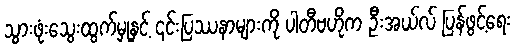
သွားဖုံးသွေးထွက်မှုနှင့် ၎င်းပြဿနာများကို ပါတီဗဟိုက ဦးအယ်လ် ပြန်ဖွင့်ရေး